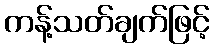
ကန့်သတ်ချက်ဖြင့်